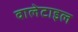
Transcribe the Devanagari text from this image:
वालेटाइल